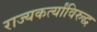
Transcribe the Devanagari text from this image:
राज्यकर्त्यांविरुद्ध